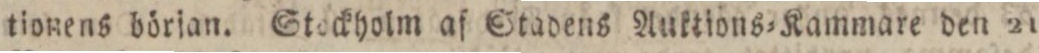
tionens början. Stockholm af Stadens Auktions=Kammare den 21